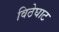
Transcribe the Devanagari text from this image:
विठेघाट